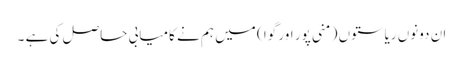
ان دونوں ریاستوں ( منی پور اور گوا ) میں ہم نے کامیابی حاصل کی ہے ۔